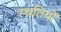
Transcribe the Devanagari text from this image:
स्‍थतियों